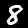
Label: 8